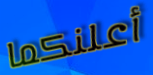
أعلنكما